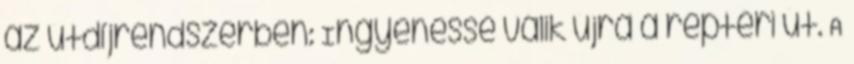
az útdíjrendszerben: Ingyenessé válik újra a reptéri út. A